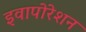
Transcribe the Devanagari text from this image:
इवापोरेशन